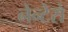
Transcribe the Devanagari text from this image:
नेन्टेरो